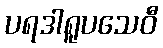
ပရဒါရူပသေဝီ